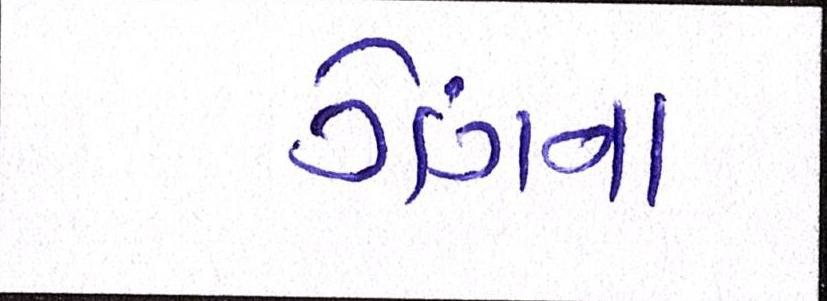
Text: ગેંગના